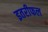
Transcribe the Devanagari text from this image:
इतरीफल